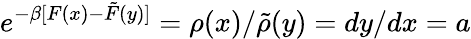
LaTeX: e^{-\beta[F(x)-\tilde{F}(y)]}=\rho(x)/\tilde{\rho}(y)=dy/dx=a